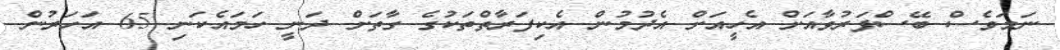
ނަމަވެސް ބޭސްފަރުވާއަށް އެހީއަށް އެދުމުން އެކިފަރާތްތަކުގެ ގާތަށް ދަނީ ހަމައެކަނި 65 އަހަރުން